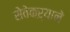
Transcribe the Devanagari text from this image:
सेवेकऱ्याने